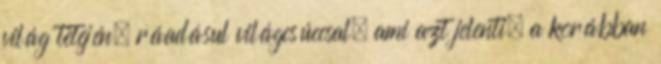
világ tetején, ráadásul világcsúccsal, ami azt jelenti, a korábban